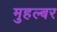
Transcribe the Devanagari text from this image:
मुहल्बर